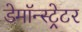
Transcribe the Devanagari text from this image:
डेमॉन्स्ट्रेटर